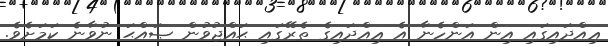
ޢިއްދައިގައި އިން އަންހެނާ އެ ޢިއްދައިގެ ތެރޭގައި ޙައްޖުވުން ޞައްޙަ ނުވާނެ ކަމަށެވެ.